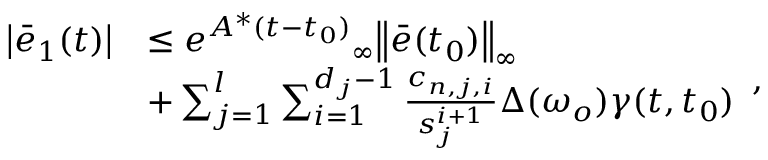
\begin{array} { r l } { \left| { { { \bar { e } } _ { 1 } } ( t ) } \right| } & { \le { e ^ { { A ^ { * } } ( t - { t _ { 0 } } ) } } { _ \infty } { \left\| { \bar { e } ( { t _ { 0 } } ) } \right\| _ { \infty } } } \\ & { + \sum _ { j = 1 } ^ { l } { \sum _ { i = 1 } ^ { { d _ { j } } - 1 } { \frac { { { c _ { n , j , i } } } } { { s _ { j } ^ { i + 1 } } } \Delta ( { \omega _ { o } } ) } } \gamma ( t , { t _ { 0 } } ) } \end{array} ,